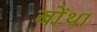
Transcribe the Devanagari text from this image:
बोंथा